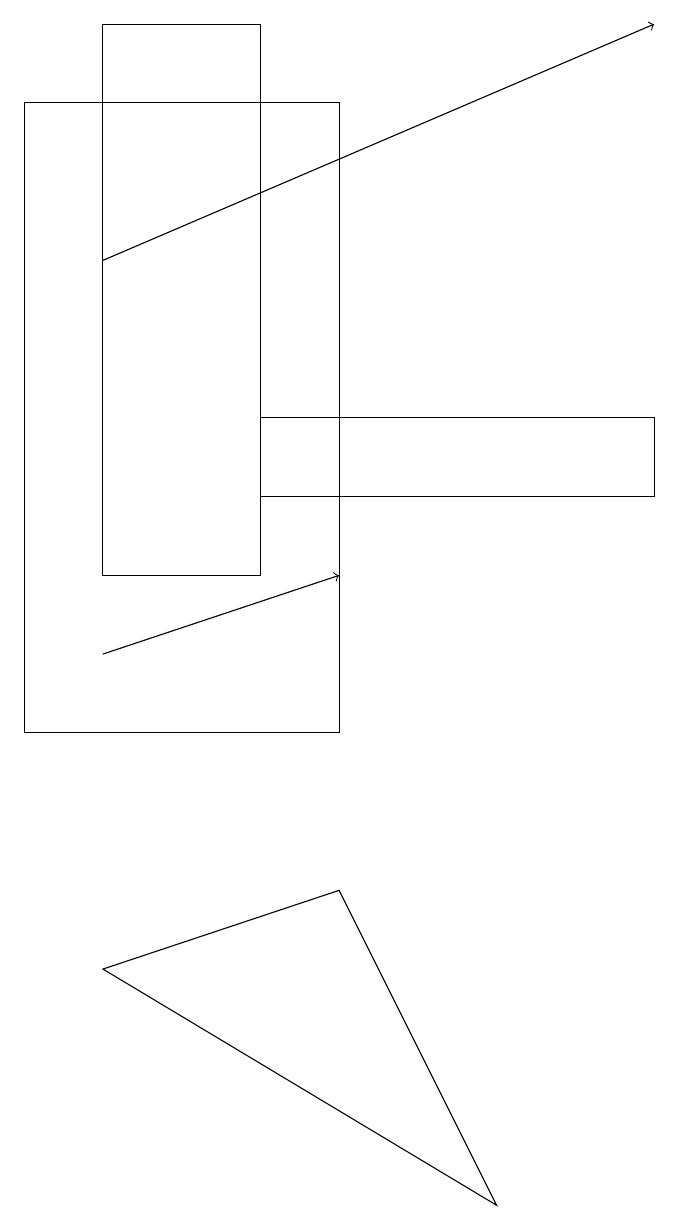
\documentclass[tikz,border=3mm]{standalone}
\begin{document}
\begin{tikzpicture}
\draw (1,7) -- (4,8) -- (6,4) -- cycle;
\draw[->] (1,11) -- (4,12);
\draw (4,10) rectangle (0,18);
\draw (3,14) rectangle (8,13);
\draw[->] (1,16) -- (8,19);
\draw (3,19) rectangle (1,12);
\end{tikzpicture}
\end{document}